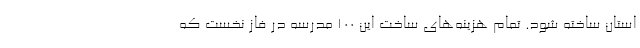
استان ساخته شود. تمام هزینه‌های ساخت این ۱۰۰ مدرسه در فاز نخست که